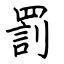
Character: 罰